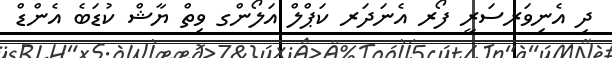
ދި އެނިވަރސަރީ ފޯރ އެނަދަރ ކަޕްލް އަލޯންގ ވިތް ޔާޝް ކުޑަބެ އެންޑް